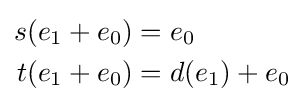
{\begin{aligned}s(e_{1}+e_{0})&=e_{0}\\t(e_{1}+e_{0})&=d(e_{1})+e_{0}\end{aligned}}